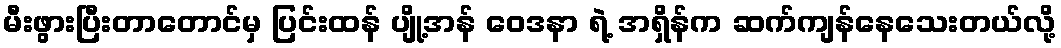
မီးဖွားပြီးတာတောင်မှ ပြင်းထန် ပျို့အန် ဝေဒနာ ရဲ့ အရှိန်က ဆက်ကျန်နေသေးတယ်လို့